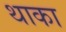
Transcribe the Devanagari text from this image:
थाका